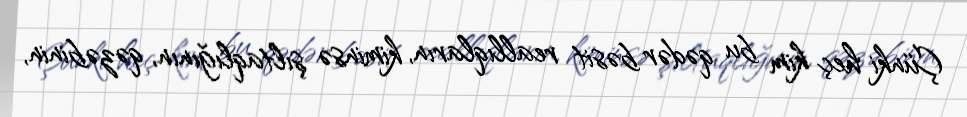
Çünki heç kim bu qədər bəsit reallıqların, kiminsə şıltaqlığının, qəzəbinin,